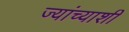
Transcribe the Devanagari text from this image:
ज्यांच्याशी